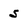
Character: S